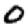
Digit: 0